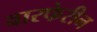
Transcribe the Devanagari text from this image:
वारफेरीन